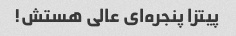
پیتزا پنجره‌ای عالی هستش!